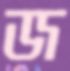
জ